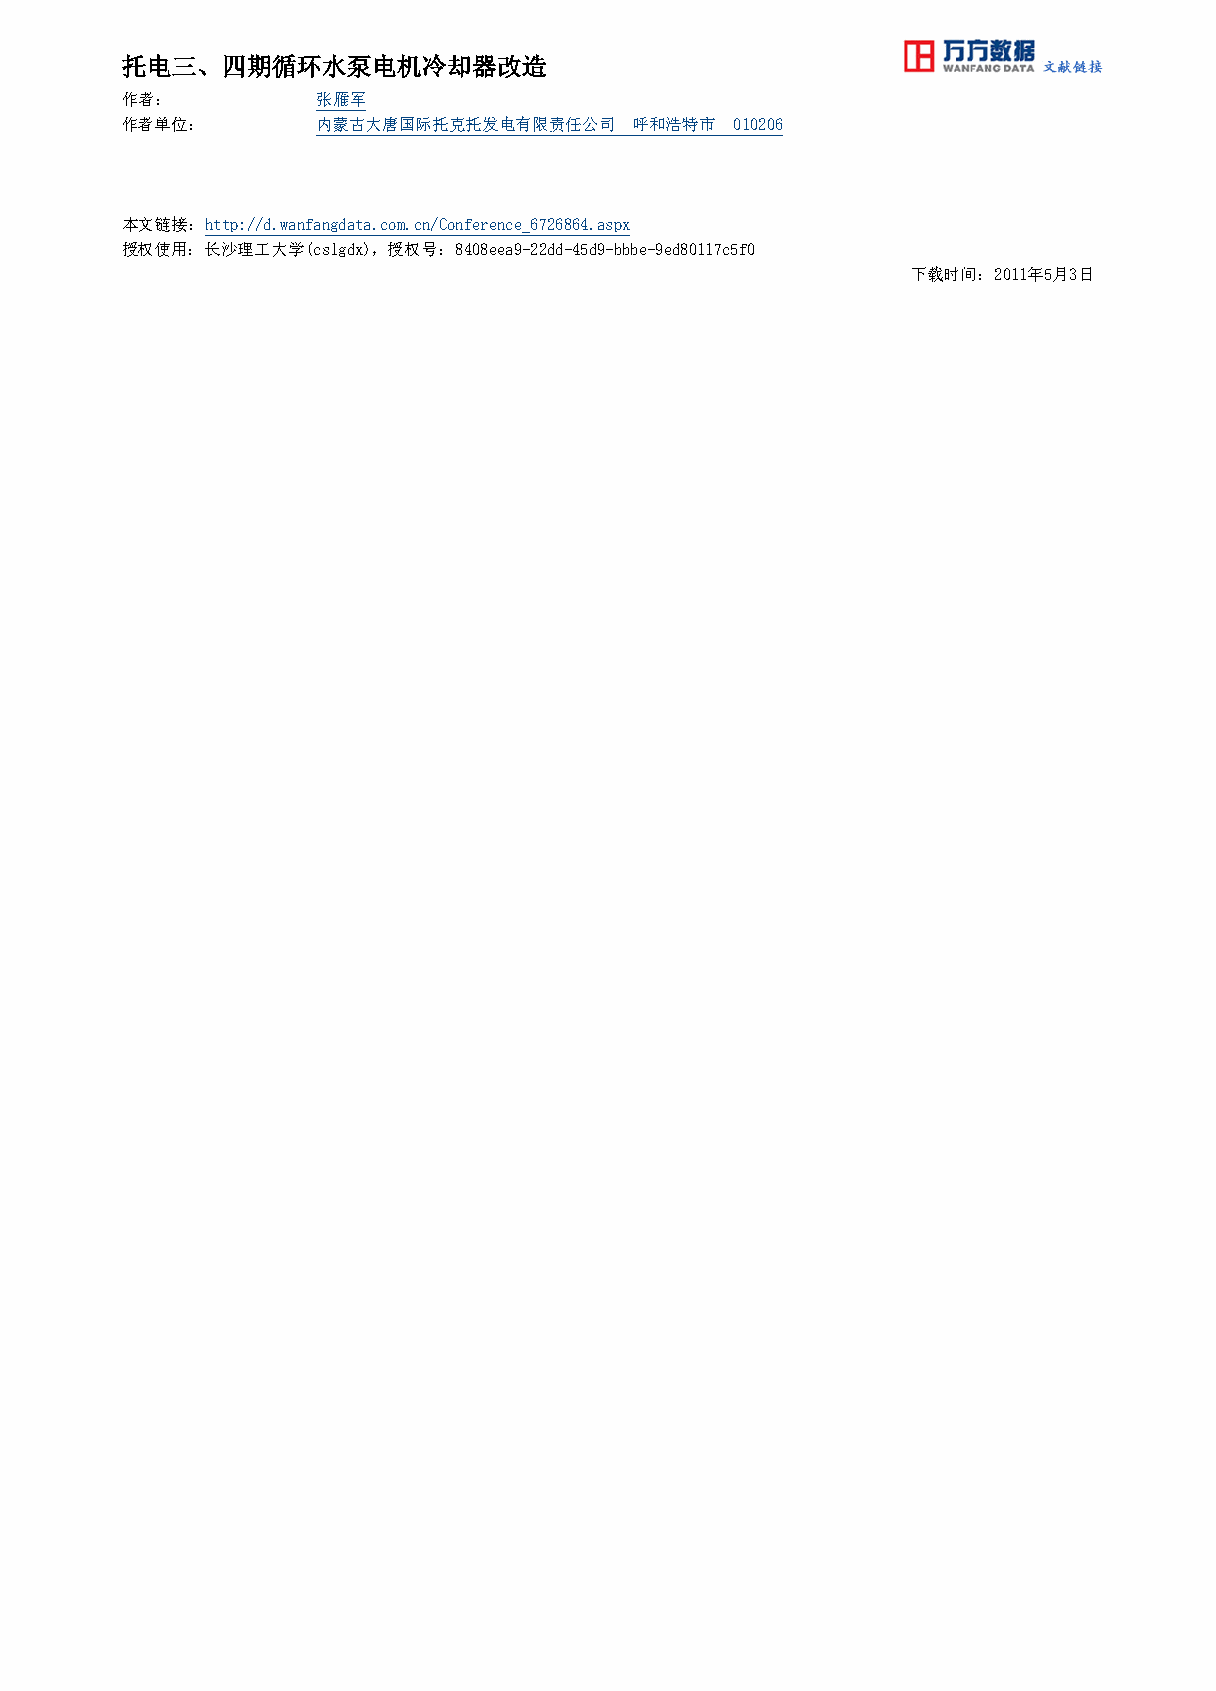
托电三、四期循环水泵电机冷却器改造
 作者：          张雁军
 作者单位：        内蒙古大唐国际托克托发电有限责任公司   呼和浩特市  010206
 本文链接：http://d.wanfangdata.com.cn/Conference_6726864.aspx
 授权使用：长沙理工大学(cslgdx)，授权号：8408eea9-22dd-45d9-bbbe-9ed80117c5f0
 下载时间：2011年5月3日